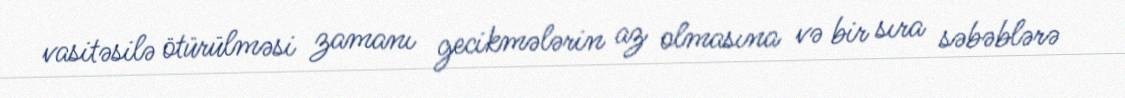
vasitəsilə ötürülməsi zamanı gecikmələrin az olmasına və bir sıra səbəblərə